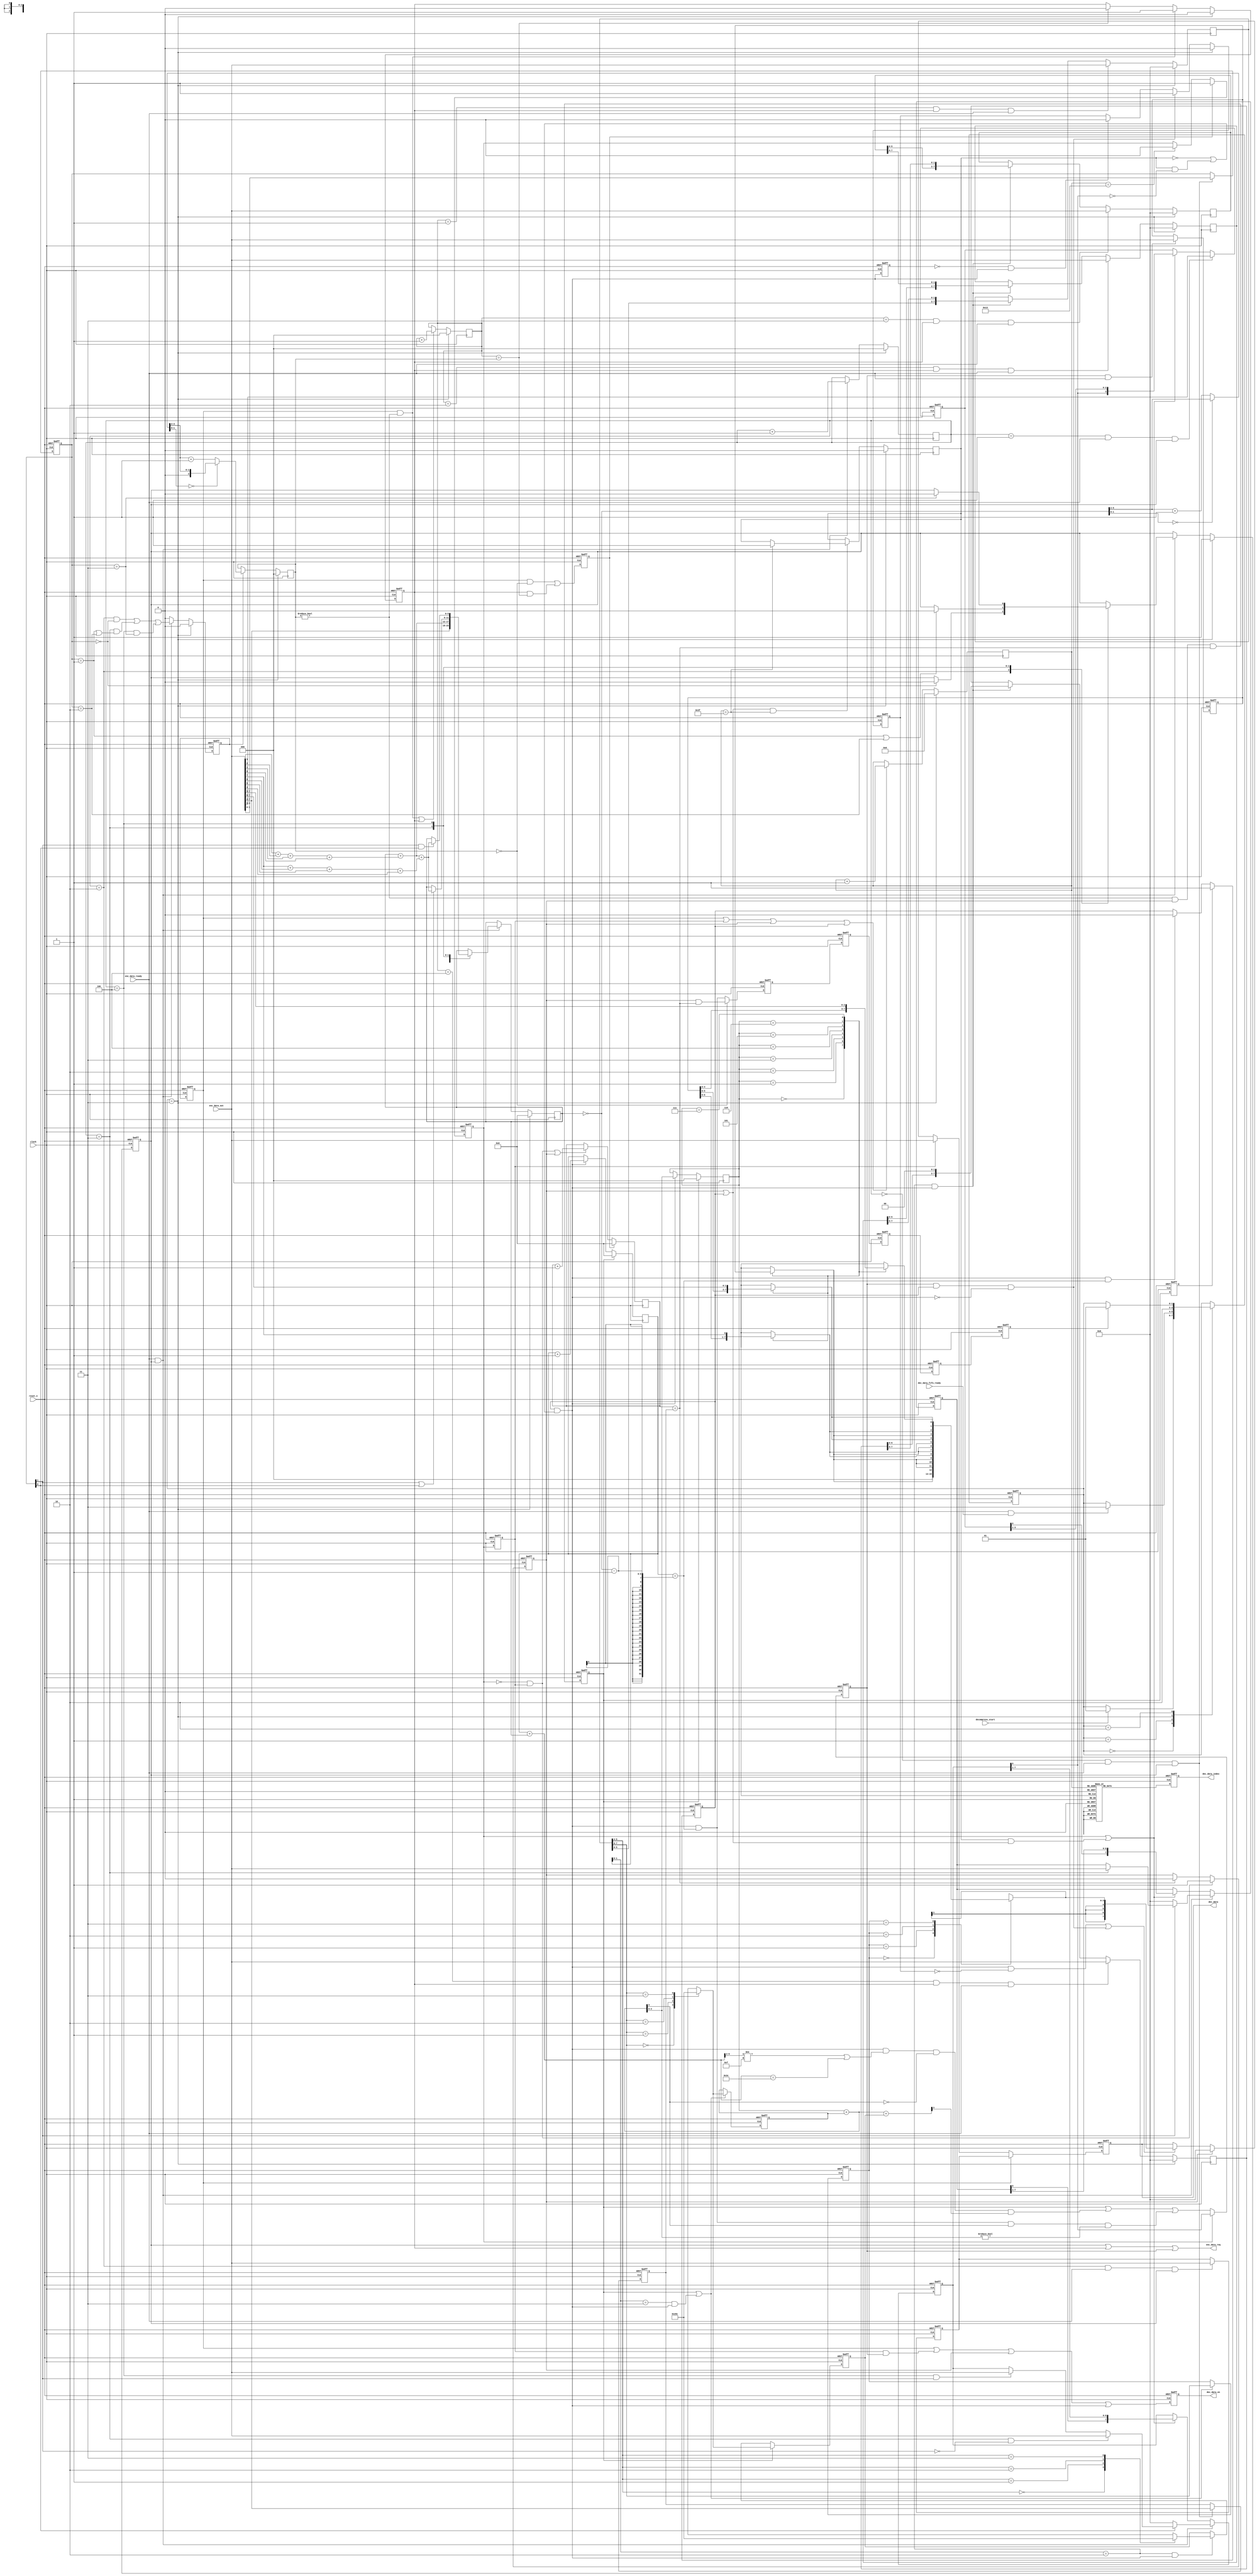
//=============================================================================
// Copyright(c) 2014 Lattice Semiconductor Corporation. All rights reserved. 
//=============================================================================
// Module:         entropy_decoder
// Content:        entropy decoder used for restoring pixel data after lossless entropy encoder
//                 
// History:
// 2014-06-01:     Luke Wang        first edition.
//     
//=============================================================================

module entropy_decoder (
    clock,
    reset_n,
    decompress_start,
    enc_data_ready,
    enc_data_out,
    enc_data_req,
    dec_data_fifo_ready,
    dec_data,
    dec_data_en,
    dec_data_index
);

/* interface declaration */

input                                   clock;
input                                   reset_n;
input                                   decompress_start;

input                                   enc_data_ready;
input   [7:0]                           enc_data_out;
output                                  enc_data_req;

input                                   dec_data_fifo_ready;
output  [7:0]                           dec_data;
output                                  dec_data_en;
output  [5:0]                           dec_data_index;

/* wire-type signals definition */
wire    [3:0]                           dec_fw_msb_ptr_wire;
wire    [3:0]                           dec_fw_msb_ptr_next;
wire                                    enc_fw_width_shift_en;
wire    [5:0]                           fw_data_num_wire;
wire    [3:0]                           fw_enc_num_wire;
wire    [2:0]                           FW_WIDTH_WORDS_NUM_wire;
wire    [2:0]                           bd_index_sum1;
wire    [2:0]                           bd_index_sum2;
wire                                    dec_blk_start;
wire                                    dec_fw_data_en;
wire    [5:0]                           dec_fw_prefetch_flag;
/* reg-type signals definition */
reg                                     enc_header_req;
reg                                     enc_header_finish;
reg     [2:0]                           cntr_enc_header;
reg     [5:0]                           DEC_RLE_NUM;
reg     [1:0]                           DEC_BD_FLAG;
//reg     [2:0]                           DEC_DC_MSB;
reg     [7:0]                           DEC_DC_LSB;
reg     [3:0]                           DEC_BD_IDX_BITMAP_MSB1;
reg     [7:0]                           DEC_BD_IDX_BITMAP_MSB2;
reg     [7:0]                           DEC_BD_IDX_BITMAP_LSB;
reg     [5:0]                           cntr_rle_bd;
reg     [2:0]                           FW_WIDTH_WORDS_NUM;
reg     [7:0]                           DEC_FW_WIDTH_WORDS1;
reg     [7:0]                           DEC_FW_WIDTH_WORDS2;
reg     [7:0]                           DEC_FW_WIDTH_WORDS3;
reg     [7:0]                           DEC_FW_WIDTH_WORDS4;
reg                                     enc_payload_req;
reg                                     enc_fw_width_req;
reg     [6:0]                           cntr_dec_out;
reg     [5:0]                           cntr_zigzag;    /* synthesis syn_romstyle = "logic" */ 
reg     [7:0]                           enc_data_out_buf;
reg     [7:0]                           dec_data;
reg                                     dec_data_en;
reg     [5:0]                           dec_data_index;
reg     [1:0]                           dec_stage;  /* synthesis syn_preserve = 1 */
reg                                     dec_blk_finish;
reg                                     dec_blk_finish_1d;
reg                                     dec_blk_finish_2d;
reg                                     dec_blk_finish_3d;
reg                                     dec_blk_finish_4d;
reg                                     dec_dc_data_en;
reg                                     dec_bd_start;
reg                                     dec_bd_enable;
reg                                     dec_bd_data_en;
reg                                     dec_rle_zero_en;
reg     [5:0]                           cntr_dec_rle;
reg                                     dec_fw_start;
reg                                     dec_fw_start_1d;
reg                                     dec_fw_enable;
reg     [2:0]                           cntr_fw_width;
reg     [5:0]                           cntr_fw_words;
reg     [2:0]                           FW_WIDTH_CURRENT;
reg     [1:0]                           FW_WIDTH_CURRENT_2BITS;
reg     [2:0]                           FW_WIDTH_NEXT;
reg     [2:0]                           dec_fw_msb_ptr;
reg                                     dec_fw_words_b3;
reg                                     dec_fw_words_b2;
reg                                     dec_fw_words_b1;
reg                                     dec_fw_words_b0;
reg     [3:0]                           dec_fw_words_4bits;
reg                                     dec_fw_bd_mask_en;
reg                                     dec_fw_words_update_bd;
reg                                     dec_fw_data_en_1d;

parameter [1:0]                         DEC_STAGE_IDLE  = 2'b00;
parameter [1:0]                         DEC_STAGE_WAIT  = 2'b01;
parameter [1:0]                         DEC_STAGE_START = 2'b11;
parameter [1:0]                         DEC_STAGE_BUSY  = 2'b10;

// --------------------------------------------------------------------------------------

// compressed 8x8 pixels frame info:
// [   7   ] [   6   ] [   5   ] [   4   ] [   3   ] [   2   ] [   1   ] [   0   ]
// --------------------------------------------------------------------------------------
// |                       RLE NUM                           | | Big Data Flag   |
// |               DC Data MSB           | |          Big Data Index 0  [19:16]  |
// |                          DC    Data     LSB                                 |
// |                     Big        Data     Index 1 (optional)                  |
// |                     Big        Data     Index 2 (optional)                  |
// |                     Four Bits Width Words 1     (optional)                  |
// |                     Four Bits Width Words 2     (optional)                  |
// |                     Four Bits Width Words 3     (optional)                  |
// |                     Four Bits Width Words 4     (optional)                  |
// |                     Big       Data        1     (optional)                  |
// |                               .....                                         |
// |                     Big       Data        N     (optional)                  |
// |                     Four Bits Encoding Words    (optional)                  |
// |                               .....                                         |
// |                     Four Bits Encoding Words    (optional)                  |
// --------------------------------------------------------------------------------------



// --------------------------------------------
//
// entropy encode header parse 
//
// --------------------------------------------

assign enc_data_req = enc_header_req | enc_fw_width_req | enc_payload_req;


always @ (posedge clock or negedge reset_n) begin
    if (~reset_n) begin
        dec_stage <= DEC_STAGE_IDLE;
    end
    else begin
        case (dec_stage) 
            DEC_STAGE_IDLE: begin
                                    if (decompress_start) begin
                                        dec_stage <= DEC_STAGE_WAIT;
                                    end
            end
            DEC_STAGE_WAIT: begin
                                    if (enc_data_ready && dec_data_fifo_ready) begin
                                        dec_stage <= DEC_STAGE_START;
                                    end
            end
            DEC_STAGE_START:begin
                                        dec_stage <= DEC_STAGE_BUSY;
            end
            DEC_STAGE_BUSY:begin
                                    if (dec_blk_finish_4d) begin
                                        dec_stage <= DEC_STAGE_WAIT;
                                    end
            end
        endcase
    end
end


assign dec_blk_start = (dec_stage == DEC_STAGE_START);

always @ (posedge clock) begin
    if (dec_blk_start) begin
        cntr_enc_header <= 3'd0;
    end
    else if (enc_data_ready && enc_header_req) begin
        cntr_enc_header <= cntr_enc_header + 1;
    end
end


// header parse (Run Length Encode, DC and Big Data)

always @ (posedge clock or negedge reset_n) begin
    if (~reset_n) begin
        DEC_RLE_NUM <= 6'd0;
        DEC_BD_FLAG <= 2'd0;
    end
    else if ((cntr_enc_header == 3'd0) && enc_data_ready && enc_header_req) begin
        DEC_RLE_NUM <= enc_data_out[7:2];
        DEC_BD_FLAG <= enc_data_out[1:0];
    end
end

//always @ (posedge clock or negedge reset_n) begin
//    if (~reset_n) begin
//        DEC_DC_MSB <= 3'd0;
//    end
//    else if ((cntr_enc_header == 3'd1) && enc_data_ready && enc_header_req) begin
//        DEC_DC_MSB <= enc_data_out[6:4];
//    end
//end

always @ (posedge clock or negedge reset_n) begin
    if (~reset_n) begin
        DEC_BD_IDX_BITMAP_MSB1 <= 4'd0;
    end
    else if ((cntr_enc_header == 3'd1) && enc_data_ready && enc_header_req) begin
        DEC_BD_IDX_BITMAP_MSB1 <= enc_data_out[3:0];
    end
    else if (dec_bd_enable || (dec_fw_bd_mask_en && (dec_rle_zero_en || dec_fw_enable))) begin
        DEC_BD_IDX_BITMAP_MSB1 <= {DEC_BD_IDX_BITMAP_LSB[0],DEC_BD_IDX_BITMAP_MSB1[3:1]};
    end
end

always @ (posedge clock or negedge reset_n) begin
    if (~reset_n) begin
        DEC_DC_LSB <= 8'd0;
    end
    else if ((cntr_enc_header == 3'd2) && enc_data_ready && enc_header_req) begin
        DEC_DC_LSB <= enc_data_out[7:0];
    end
end

always @ (posedge clock or negedge reset_n) begin
    if (~reset_n) begin
        DEC_BD_IDX_BITMAP_MSB2 <= 8'd0;
    end
    else if (enc_data_ready && enc_header_req) begin
        if (DEC_BD_FLAG[1]) begin
            if (cntr_enc_header == 3'd3) begin
                DEC_BD_IDX_BITMAP_MSB2 <= enc_data_out[7:0];
            end
        end 
        else begin
            DEC_BD_IDX_BITMAP_MSB2 <= 8'd0;
        end
    end
    else if (dec_bd_enable || (dec_fw_bd_mask_en && (dec_rle_zero_en || dec_fw_enable))) begin
        DEC_BD_IDX_BITMAP_MSB2 <= {DEC_BD_IDX_BITMAP_MSB1[0],DEC_BD_IDX_BITMAP_MSB2[7:1]};
    end
end

always @ (posedge clock or negedge reset_n) begin
    if (~reset_n) begin
        DEC_BD_IDX_BITMAP_LSB <= 8'd0;
    end
    else if (enc_data_ready && enc_header_req) begin
        if (DEC_BD_FLAG[0]) begin
            if (cntr_enc_header == 3'd3 && ~DEC_BD_FLAG[1]) begin
                DEC_BD_IDX_BITMAP_LSB <= enc_data_out[7:0];
            end
            else if (cntr_enc_header == 3'd4 && DEC_BD_FLAG[1]) begin
                DEC_BD_IDX_BITMAP_LSB <= enc_data_out[7:0];
            end
        end
        else begin
            DEC_BD_IDX_BITMAP_LSB <= 8'd0;
        end
    end
    else if (dec_bd_enable || (dec_fw_bd_mask_en && (dec_rle_zero_en || dec_fw_enable))) begin
        DEC_BD_IDX_BITMAP_LSB <= {DEC_BD_IDX_BITMAP_MSB2[0],DEC_BD_IDX_BITMAP_LSB[7:1]};
    end
end

always @ (posedge clock or negedge reset_n) begin
    if (~reset_n) begin
        enc_header_req <= 1'b0;
    end
    else if (dec_blk_start) begin
        enc_header_req <= 1'b1;
    end
    else if (enc_data_ready && enc_header_req) begin
        case (cntr_enc_header)
            3'd2:begin
                if (DEC_BD_FLAG == 2'b00) begin
                    enc_header_req <= 1'b0;
                end
            end
            3'd3:begin
                if (DEC_BD_FLAG == 2'b01 || DEC_BD_FLAG == 2'b10) begin
                    enc_header_req <= 1'b0;
                end
            end
            3'd4:begin
                if (DEC_BD_FLAG == 2'b11) begin
                    enc_header_req <= 1'b0;
                end
            end
            default:begin
                    enc_header_req <= enc_header_req;
            end
        endcase
    end
end

always @ (posedge clock or negedge reset_n) begin
    if (~reset_n) begin
        enc_header_finish <= 1'b0;
    end
    else if (dec_blk_start) begin
        enc_header_finish <= 1'b0;
    end
    else if (enc_data_ready && enc_header_req) begin
        enc_header_finish <= ((cntr_enc_header == 3'd2) & (DEC_BD_FLAG == 2'b00)) | ((cntr_enc_header == 3'd3) & ((DEC_BD_FLAG == 2'b01) | (DEC_BD_FLAG == 2'b10))) | ((cntr_enc_header == 3'd4) & (DEC_BD_FLAG == 2'b11));
    end
    else begin
        enc_header_finish <= 1'b0;
    end
end 

// Four Words width header parse and words number parse

assign bd_index_sum1 = {2'd0,enc_data_out[3]} + {2'd0,enc_data_out[2]} + {2'd0,enc_data_out[1]} + {2'd0,enc_data_out[0]};
assign bd_index_sum2 = {2'd0,enc_data_out[7]} + {2'd0,enc_data_out[6]} + {2'd0,enc_data_out[5]} + {2'd0,enc_data_out[4]};

always @ (posedge clock) begin
    if (dec_blk_start) begin
        cntr_rle_bd <= 6'd0;
    end
    else if (enc_data_ready && enc_header_req) begin
        case (cntr_enc_header) 
            3'd0:begin
                        cntr_rle_bd <= enc_data_out[7:2];
            end
            3'd1:begin
                        cntr_rle_bd <= cntr_rle_bd + {3'd0,bd_index_sum1};
            end
            3'd3:begin  
                        if (DEC_BD_FLAG[1] || DEC_BD_FLAG[0]) begin
                            cntr_rle_bd <= cntr_rle_bd + {3'd0,bd_index_sum1} + {3'd0,bd_index_sum2};
                        end
            end
            3'd4:begin
                        if (DEC_BD_FLAG[1] && DEC_BD_FLAG[0]) begin
                            cntr_rle_bd <= cntr_rle_bd + {3'd0,bd_index_sum1} + {3'd0,bd_index_sum2};
                        end
            end
            default:begin
                        cntr_rle_bd <= cntr_rle_bd;    
            end
        endcase
    end
end

always @* begin
    case (cntr_dec_out)
        7'd0 :    cntr_zigzag = 6'd0;
        7'd1 :    cntr_zigzag = 6'd40;
        7'd2 :    cntr_zigzag = 6'd33;
        7'd3 :    cntr_zigzag = 6'd26;
        7'd4 :    cntr_zigzag = 6'd19;
        7'd5 :    cntr_zigzag = 6'd12;
        7'd6 :    cntr_zigzag = 6'd5;
        7'd7 :    cntr_zigzag = 6'd4;
        7'd8 :    cntr_zigzag = 6'd11;
        7'd9 :    cntr_zigzag = 6'd18;
        7'd10:    cntr_zigzag = 6'd25;
        7'd11:    cntr_zigzag = 6'd32;
        7'd12:    cntr_zigzag = 6'd24;
        7'd13:    cntr_zigzag = 6'd17;
        7'd14:    cntr_zigzag = 6'd10;
        7'd15:    cntr_zigzag = 6'd3;
        7'd16:    cntr_zigzag = 6'd2;
        7'd17:    cntr_zigzag = 6'd9;
        7'd18:    cntr_zigzag = 6'd16;
        7'd19:    cntr_zigzag = 6'd8;
        7'd20:    cntr_zigzag = 6'd1;
        7'd21:    cntr_zigzag = 6'd63;
        7'd22:    cntr_zigzag = 6'd62;
        7'd23:    cntr_zigzag = 6'd55;
        7'd24:    cntr_zigzag = 6'd47;  
        7'd25:    cntr_zigzag = 6'd54;
        7'd26:    cntr_zigzag = 6'd61;
        7'd27:    cntr_zigzag = 6'd60;
        7'd28:    cntr_zigzag = 6'd53;
        7'd29:    cntr_zigzag = 6'd46;
        7'd30:    cntr_zigzag = 6'd39;
        7'd31:    cntr_zigzag = 6'd31;
        7'd32:    cntr_zigzag = 6'd38;
        7'd33:    cntr_zigzag = 6'd45;
        7'd34:    cntr_zigzag = 6'd52;
        7'd35:    cntr_zigzag = 6'd59;
        7'd36:    cntr_zigzag = 6'd58;
        7'd37:    cntr_zigzag = 6'd51;
        7'd38:    cntr_zigzag = 6'd44;
        7'd39:    cntr_zigzag = 6'd37;
        7'd40:    cntr_zigzag = 6'd30;
        7'd41:    cntr_zigzag = 6'd23;
        7'd42:    cntr_zigzag = 6'd15;
        7'd43:    cntr_zigzag = 6'd22;
        7'd44:    cntr_zigzag = 6'd29;
        7'd45:    cntr_zigzag = 6'd36;
        7'd46:    cntr_zigzag = 6'd43;
        7'd47:    cntr_zigzag = 6'd50;
        7'd48:    cntr_zigzag = 6'd57;
        7'd49:    cntr_zigzag = 6'd56;
        7'd50:    cntr_zigzag = 6'd49;
        7'd51:    cntr_zigzag = 6'd42;
        7'd52:    cntr_zigzag = 6'd35;
        7'd53:    cntr_zigzag = 6'd28;
        7'd54:    cntr_zigzag = 6'd21;
        7'd55:    cntr_zigzag = 6'd14;
        7'd56:    cntr_zigzag = 6'd7;
        7'd57:    cntr_zigzag = 6'd6;
        7'd58:    cntr_zigzag = 6'd13;
        7'd59:    cntr_zigzag = 6'd20;
        7'd60:    cntr_zigzag = 6'd27;
        7'd61:    cntr_zigzag = 6'd34;
        7'd62:    cntr_zigzag = 6'd41;
        7'd63:    cntr_zigzag = 6'd48;
        7'd64:    cntr_zigzag = 6'd40;
        7'd65:    cntr_zigzag = 6'd33;
        7'd66:    cntr_zigzag = 6'd26;
        7'd67:    cntr_zigzag = 6'd19;
        7'd68:    cntr_zigzag = 6'd12;
        7'd69:    cntr_zigzag = 6'd5;
        7'd70:    cntr_zigzag = 6'd4;
        7'd71:    cntr_zigzag = 6'd11;
        7'd72:    cntr_zigzag = 6'd18;
        7'd73:    cntr_zigzag = 6'd25;
        7'd74:    cntr_zigzag = 6'd32;
        7'd75:    cntr_zigzag = 6'd24;
        7'd76:    cntr_zigzag = 6'd17;
        7'd77:    cntr_zigzag = 6'd10;
        7'd78:    cntr_zigzag = 6'd3;
        7'd79:    cntr_zigzag = 6'd2;
        7'd80:    cntr_zigzag = 6'd9;
        7'd81:    cntr_zigzag = 6'd16;
        7'd82:    cntr_zigzag = 6'd8;
        7'd83:    cntr_zigzag = 6'd1;
        default:  cntr_zigzag = 6'd1;
    endcase
end

// --------------------------------------------
//
// output control
//
// --------------------------------------------

// DC 

always @ (posedge clock or negedge reset_n) begin
    if (~reset_n) begin
        dec_dc_data_en <= 1'd0;
    end
    else begin
        dec_dc_data_en <= enc_header_finish; 
    end
end

// BD

always @ (posedge clock or negedge reset_n) begin
    if (~reset_n) begin
        dec_bd_start <= 1'd0;
    end
    else begin
        dec_bd_start <= (dec_dc_data_en & (FW_WIDTH_WORDS_NUM == 0)) | (enc_fw_width_req & (cntr_fw_width == FW_WIDTH_WORDS_NUM)); 
    end
end

always @ (posedge clock or negedge reset_n) begin
    if (~reset_n) begin
        dec_bd_enable <= 1'd0;
    end
    else if (dec_bd_start) begin
        dec_bd_enable <= 1'b1;
    end
    else if (cntr_dec_out == 7'd19) begin
        dec_bd_enable <= 1'd0;
    end
end

always @ (posedge clock or negedge reset_n) begin
    if (~reset_n) begin
        dec_bd_data_en <= 1'd0;
    end
    else begin
        dec_bd_data_en <= dec_bd_enable;
    end
end

// RLE

always @ (posedge clock or negedge reset_n) begin
    if (~reset_n) begin
        dec_rle_zero_en <= 1'd0;
    end
    else if (~dec_bd_enable && dec_bd_data_en) begin
        dec_rle_zero_en <= 1'b1;
    end
    else if (cntr_dec_rle == DEC_RLE_NUM) begin
        dec_rle_zero_en <= 1'd0;
    end
end

always @ (posedge clock) begin
    if (dec_bd_start) begin
        cntr_dec_rle <= 6'd0;
    end
    else if ((~dec_bd_enable && dec_bd_data_en) || dec_rle_zero_en)  begin
        cntr_dec_rle <= cntr_dec_rle + 1;
    end
end

// FW

assign fw_data_num_wire = ~cntr_rle_bd;
assign fw_enc_num_wire = (fw_data_num_wire[1:0] == 2'd0) ? fw_data_num_wire[5:2] : (fw_data_num_wire[5:2]+1);
assign FW_WIDTH_WORDS_NUM_wire = (fw_enc_num_wire[1:0] == 2'd0) ? {1'b0,fw_enc_num_wire[3:2]} : ({1'b0,fw_enc_num_wire[3:2]} + 3'd1);

always @ (posedge clock) begin
    if (dec_blk_start) begin
        FW_WIDTH_WORDS_NUM <= 3'd0;
    end
    else if (enc_header_finish) begin
        FW_WIDTH_WORDS_NUM <= FW_WIDTH_WORDS_NUM_wire;
    end
end

always @ (posedge clock) begin
    if (dec_blk_start) begin
        DEC_FW_WIDTH_WORDS1 <= 8'd0;
    end
    else if (cntr_fw_width == 3'd1 && enc_fw_width_req && enc_data_ready) begin
        DEC_FW_WIDTH_WORDS1 <= enc_data_out;
    end
    else if (enc_fw_width_shift_en) begin
        DEC_FW_WIDTH_WORDS1 <= {DEC_FW_WIDTH_WORDS1[5:0],DEC_FW_WIDTH_WORDS2[7:6]};
    end
end

always @ (posedge clock) begin
    if (dec_blk_start) begin
        DEC_FW_WIDTH_WORDS2 <= 8'd0;
    end
    else if (cntr_fw_width == 3'd2 && enc_fw_width_req && enc_data_ready) begin
        DEC_FW_WIDTH_WORDS2 <= enc_data_out;
    end
    else if (enc_fw_width_shift_en) begin
        DEC_FW_WIDTH_WORDS2 <= {DEC_FW_WIDTH_WORDS2[5:0],DEC_FW_WIDTH_WORDS3[7:6]};
    end
end

always @ (posedge clock) begin
    if (dec_blk_start) begin
        DEC_FW_WIDTH_WORDS3 <= 8'd0;
    end
    else if (cntr_fw_width == 3'd3 && enc_fw_width_req && enc_data_ready) begin
        DEC_FW_WIDTH_WORDS3 <= enc_data_out;
    end
    else if (enc_fw_width_shift_en) begin
        DEC_FW_WIDTH_WORDS3 <= {DEC_FW_WIDTH_WORDS3[5:0],DEC_FW_WIDTH_WORDS4[7:6]};
    end
end

always @ (posedge clock) begin
    if (dec_blk_start) begin
        DEC_FW_WIDTH_WORDS4 <= 8'd0;
    end
    else if (cntr_fw_width == 3'd4 && enc_fw_width_req && enc_data_ready) begin
        DEC_FW_WIDTH_WORDS4 <= enc_data_out;
    end
    else if (enc_fw_width_shift_en) begin
        DEC_FW_WIDTH_WORDS4 <= {DEC_FW_WIDTH_WORDS4[5:0],2'b00};
    end
end

always @ (posedge clock) begin
    if (dec_blk_start) begin
        cntr_fw_width <= 3'd0;
    end
    else if ((dec_dc_data_en && FW_WIDTH_WORDS_NUM != 0) || enc_fw_width_req) begin
        cntr_fw_width <= cntr_fw_width + 1;
    end
end

always @ (posedge clock or negedge reset_n) begin
    if (~reset_n) begin
        enc_fw_width_req <= 1'b0;
    end
    else if (dec_blk_start) begin
        enc_fw_width_req <= 1'b0;
    end
    else if (dec_dc_data_en && FW_WIDTH_WORDS_NUM != 0) begin
        enc_fw_width_req <= 1'b1;
    end
    else if (cntr_fw_width == FW_WIDTH_WORDS_NUM) begin
        enc_fw_width_req <= 1'b0;
    end
end

always @ (posedge clock or negedge reset_n) begin
    if (~reset_n) begin
        dec_fw_start <= 1'd0;
    end
    else begin
        dec_fw_start <= (FW_WIDTH_WORDS_NUM != 0) & dec_rle_zero_en & (cntr_dec_rle == DEC_RLE_NUM);
    end
end

always @ (posedge clock or negedge reset_n) begin
    if (~reset_n) begin
        dec_fw_start_1d <= 1'd0;
    end
    else begin
        dec_fw_start_1d <= dec_fw_start;
    end
end

always @ (posedge clock or negedge reset_n) begin
    if (~reset_n) begin
        dec_fw_enable <= 1'b0;
    end
    else if (dec_fw_start_1d) begin
        dec_fw_enable <= dec_fw_start_1d;
    end
    else if (dec_fw_data_en && (cntr_fw_words ==  fw_data_num_wire-1)) begin
        dec_fw_enable <= 1'b0;
    end
end

always @ (posedge clock or negedge reset_n) begin
    if (~reset_n) begin
        enc_data_out_buf <= 8'd0; 
    end
    else if (enc_payload_req & enc_data_ready) begin
        enc_data_out_buf <= enc_data_out;
    end
end

always @ (posedge clock) begin
    if (dec_fw_start) begin
        cntr_fw_words <= 6'd0;
    end
    else if (dec_fw_data_en) begin
        cntr_fw_words <= cntr_fw_words + 1;
    end
end

always @ (posedge clock or negedge reset_n) begin
    if (~reset_n) begin
        FW_WIDTH_CURRENT <= 3'd0;
    end
    else if (dec_fw_start || ((cntr_fw_words[1:0] == 2'b11) && dec_fw_data_en)) begin
        case (DEC_FW_WIDTH_WORDS1[7:6])
            2'd0:  FW_WIDTH_CURRENT <= 3'd1;
            2'd1:  FW_WIDTH_CURRENT <= 3'd2;
            2'd2:  FW_WIDTH_CURRENT <= 3'd3;
            2'd3:  FW_WIDTH_CURRENT <= 3'd4;
        endcase
    end
end

always @ (posedge clock or negedge reset_n) begin
    if (~reset_n) begin
        FW_WIDTH_CURRENT_2BITS <= 2'd0;
    end
    else if (dec_fw_start || ((cntr_fw_words[1:0] == 2'b11) && dec_fw_data_en)) begin
        FW_WIDTH_CURRENT_2BITS <= DEC_FW_WIDTH_WORDS1[7:6];
    end
end

always @ (posedge clock or negedge reset_n) begin
    if (~reset_n) begin
        FW_WIDTH_NEXT <= 3'd0;
    end
    else if (dec_fw_start) begin
        case (DEC_FW_WIDTH_WORDS1[7:6])
            2'd0:  FW_WIDTH_NEXT <= 3'd1;
            2'd1:  FW_WIDTH_NEXT <= 3'd2;
            2'd2:  FW_WIDTH_NEXT <= 3'd3;
            2'd3:  FW_WIDTH_NEXT <= 3'd4;
        endcase
    end
    else if ((cntr_fw_words[1:0] == 2'b10) && dec_fw_data_en) begin
        case (DEC_FW_WIDTH_WORDS1[5:4])
            2'd0:  FW_WIDTH_NEXT <= 3'd1;
            2'd1:  FW_WIDTH_NEXT <= 3'd2;
            2'd2:  FW_WIDTH_NEXT <= 3'd3;
            2'd3:  FW_WIDTH_NEXT <= 3'd4;
        endcase
    end
end

assign dec_fw_data_en = dec_fw_enable & (~dec_fw_bd_mask_en | (dec_fw_bd_mask_en & ~DEC_BD_IDX_BITMAP_LSB[0]));
assign enc_fw_width_shift_en = (cntr_fw_words[1:0] == 2'b10) & dec_fw_data_en;

assign dec_fw_msb_ptr_wire = {1'b0,dec_fw_msb_ptr} + {1'd0,FW_WIDTH_CURRENT};
assign dec_fw_msb_ptr_next = dec_fw_msb_ptr_wire + {1'b0,FW_WIDTH_NEXT};

always @ (posedge clock) begin
    if (dec_fw_start) begin
        dec_fw_msb_ptr <= 3'd0;
    end
    else if (dec_fw_data_en) begin
        dec_fw_msb_ptr <= dec_fw_msb_ptr_wire[2:0];
    end
end

always @* begin
    case (dec_fw_msb_ptr[2:0])
        3'd0: dec_fw_words_b3 = enc_data_out_buf[7];
        3'd1: dec_fw_words_b3 = enc_data_out_buf[6];
        3'd2: dec_fw_words_b3 = enc_data_out_buf[5];
        3'd3: dec_fw_words_b3 = enc_data_out_buf[4];
        3'd4: dec_fw_words_b3 = enc_data_out_buf[3];
        3'd5: dec_fw_words_b3 = enc_data_out_buf[2];
        3'd6: dec_fw_words_b3 = enc_data_out_buf[1];
        3'd7: dec_fw_words_b3 = enc_data_out_buf[0];
    endcase
end

always @* begin
    case (dec_fw_msb_ptr[2:0])
        3'd0: dec_fw_words_b2 = enc_data_out_buf[6];
        3'd1: dec_fw_words_b2 = enc_data_out_buf[5];
        3'd2: dec_fw_words_b2 = enc_data_out_buf[4];
        3'd3: dec_fw_words_b2 = enc_data_out_buf[3];
        3'd4: dec_fw_words_b2 = enc_data_out_buf[2];
        3'd5: dec_fw_words_b2 = enc_data_out_buf[1];
        3'd6: dec_fw_words_b2 = enc_data_out_buf[0];
        3'd7: dec_fw_words_b2 = enc_data_out[7];
    endcase
end

always @* begin
    case (dec_fw_msb_ptr[2:0])
        3'd0: dec_fw_words_b1 = enc_data_out_buf[5];
        3'd1: dec_fw_words_b1 = enc_data_out_buf[4];
        3'd2: dec_fw_words_b1 = enc_data_out_buf[3];
        3'd3: dec_fw_words_b1 = enc_data_out_buf[2];
        3'd4: dec_fw_words_b1 = enc_data_out_buf[1];
        3'd5: dec_fw_words_b1 = enc_data_out_buf[0];
        3'd6: dec_fw_words_b1 = enc_data_out[7];
        3'd7: dec_fw_words_b1 = enc_data_out[6];
    endcase
end

always @* begin
    case (dec_fw_msb_ptr[2:0])
        3'd0: dec_fw_words_b0 = enc_data_out_buf[4];
        3'd1: dec_fw_words_b0 = enc_data_out_buf[3];
        3'd2: dec_fw_words_b0 = enc_data_out_buf[2];
        3'd3: dec_fw_words_b0 = enc_data_out_buf[1];
        3'd4: dec_fw_words_b0 = enc_data_out_buf[0];
        3'd5: dec_fw_words_b0 = enc_data_out[7];
        3'd6: dec_fw_words_b0 = enc_data_out[6];
        3'd7: dec_fw_words_b0 = enc_data_out[5];
    endcase
end

always @* begin
    case (FW_WIDTH_CURRENT_2BITS)
        2'b00: dec_fw_words_4bits = {3'b0,dec_fw_words_b3};
        2'b01: dec_fw_words_4bits = {{3{dec_fw_words_b3}},dec_fw_words_b2};
        2'b10: dec_fw_words_4bits = {{2{dec_fw_words_b3}},dec_fw_words_b2,dec_fw_words_b1};
        2'b11: dec_fw_words_4bits = {dec_fw_words_b3,dec_fw_words_b2,dec_fw_words_b1,dec_fw_words_b0};
    endcase
end

always @ (posedge clock) begin
    if (dec_blk_start) begin
        cntr_dec_out <= 7'd0;
    end
    else if (dec_dc_data_en || dec_bd_data_en || dec_rle_zero_en || dec_fw_enable) begin
        cntr_dec_out <= cntr_dec_out + 1;
    end
end

always @ (posedge clock) begin
    if (dec_blk_start) begin
        dec_fw_bd_mask_en <= 1'b0;
    end 
    else if ((dec_rle_zero_en || dec_fw_enable) && (cntr_dec_out == 7'd63)) begin
        if (cntr_dec_out == 7'd63) begin
            dec_fw_bd_mask_en <= 1'b1;
        end
    end
end

assign dec_fw_prefetch_flag = cntr_fw_words + cntr_rle_bd;

always @ (posedge clock or negedge reset_n) begin
    if (~reset_n) begin
        enc_payload_req <= 1'd0;
    end
    else if (dec_bd_enable) begin
        enc_payload_req <= DEC_BD_IDX_BITMAP_LSB[0]; 
    end
    else begin
        enc_payload_req <= dec_fw_start | (dec_fw_data_en & ((dec_fw_prefetch_flag[5:2] != 4'b1111) | (dec_fw_prefetch_flag == 6'b111100)) & ~dec_fw_msb_ptr_wire[3] & dec_fw_msb_ptr_next[3]) | (dec_fw_data_en & (cntr_fw_words ==  fw_data_num_wire-1) & dec_fw_msb_ptr_wire[3] & (dec_fw_msb_ptr_wire[2:0] != 3'd0)); 
    end
end

always @ (posedge clock or negedge reset_n) begin
    if (~reset_n) begin
        dec_fw_data_en_1d <= 1'd0;
    end
    else begin
        dec_fw_data_en_1d <= dec_fw_data_en;
    end
end

always @ (posedge clock or negedge reset_n) begin
    if (~reset_n) begin
        dec_fw_words_update_bd <= 1'b0;
    end
    else if (dec_blk_start) begin
        dec_fw_words_update_bd <= 1'b0;
    end
    else if (enc_payload_req && dec_fw_enable && ~dec_fw_data_en) begin
        dec_fw_words_update_bd <= 1'b1; 
    end
    else if (~dec_fw_data_en_1d && dec_fw_data_en) begin
        dec_fw_words_update_bd <= 1'b0;
    end
end

// --------------------------------------------
//
// output interface
//
// --------------------------------------------

always @ (posedge clock or negedge reset_n) begin
    if (~reset_n) begin
        dec_data <= 8'd0;
    end
    else begin
        if (dec_dc_data_en) begin
            dec_data <= DEC_DC_LSB;
        end
        else if (dec_bd_data_en) begin
            dec_data <= enc_data_out;
        end
        else if (dec_rle_zero_en) begin
            dec_data <= 8'd0;
        end
        else if ((dec_fw_data_en && ~dec_fw_words_update_bd) || (enc_payload_req && dec_fw_enable && ~dec_fw_data_en)) begin
            dec_data <= {{4{dec_fw_words_4bits[3]}},dec_fw_words_4bits};
        end
    end
end

always @ (posedge clock or negedge reset_n) begin
    if (~reset_n) begin
        dec_data_en <= 1'd0;
    end
    else begin
        dec_data_en <= dec_dc_data_en | (dec_bd_data_en & enc_payload_req) | dec_rle_zero_en | dec_fw_data_en;
    end
end

always @ (posedge clock or negedge reset_n) begin
    if (~reset_n) begin
        dec_data_index <= 6'd0;
    end
    else begin
        dec_data_index <= cntr_zigzag;
    end
end

always @ (posedge clock or negedge reset_n) begin
    if (~reset_n) begin
        dec_blk_finish <= 1'b0;
    end
    else if (FW_WIDTH_WORDS_NUM == 0) begin
        dec_blk_finish <= dec_rle_zero_en & (cntr_dec_rle == DEC_RLE_NUM);
    end
    else begin
        dec_blk_finish <= dec_fw_data_en & (cntr_fw_words == fw_data_num_wire-1);
    end
end

always @ (posedge clock or negedge reset_n) begin
    if (~reset_n) begin
        dec_blk_finish_1d <= 1'b0;
        dec_blk_finish_2d <= 1'b0;
        dec_blk_finish_3d <= 1'b0;
        dec_blk_finish_4d <= 1'b0;

    end
    else begin
        dec_blk_finish_1d <= dec_blk_finish;
        dec_blk_finish_2d <= dec_blk_finish_1d;
        dec_blk_finish_3d <= dec_blk_finish_2d;
        dec_blk_finish_4d <= dec_blk_finish_3d;
    end
end
// --------------------------------------------------------------------------------------
endmodule